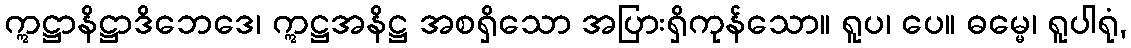
ဣဋ္ဌာနိဋ္ဌာဒိဘေဒေ၊ ဣဋ္ဌအနိဋ္ဌ အစရှိသော အပြားရှိကုန်သော။ ရူပ၊ ပေ။ ဓမ္မေ၊ ရူပါရုံ,